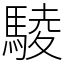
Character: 䮚